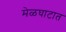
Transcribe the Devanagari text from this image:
मेळघाटात